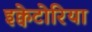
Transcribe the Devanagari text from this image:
इक्वेटोरिया